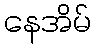
နေအိမ်